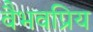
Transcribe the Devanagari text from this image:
वैभवप्रिय